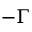
- \Gamma